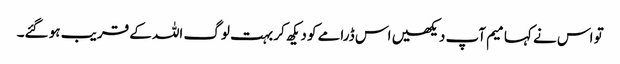
تو اس نے کہا میم آپ دیکھیں اس ڈرامے کو دیکھ کر بہت لوگ اللہ کے قریب ہو گئے۔